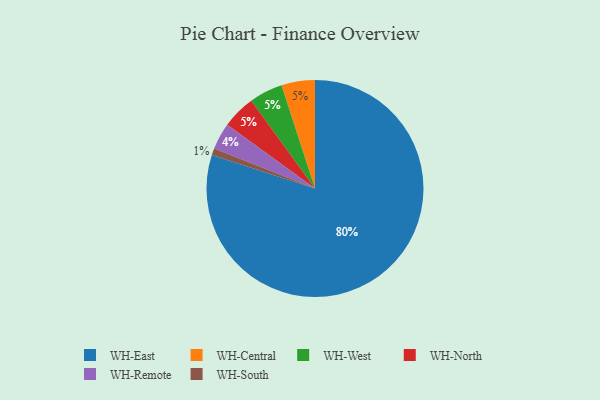
{"axis": {"x": "Category", "y": "Percentage"}, "legend": ["WH-Central", "WH-East", "WH-North", "WH-Remote", "WH-South", "WH-West"], "data": [{"x": "WH-Central", "y": 5, "type": "WH-Central"}, {"x": "WH-South", "y": 1, "type": "WH-South"}, {"x": "WH-West", "y": 5, "type": "WH-West"}, {"x": "WH-East", "y": 80, "type": "WH-East"}, {"x": "WH-North", "y": 5, "type": "WH-North"}, {"x": "WH-Remote", "y": 4, "type": "WH-Remote"}]}